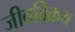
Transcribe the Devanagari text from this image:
जीवविक्रय